Treatise on elephants
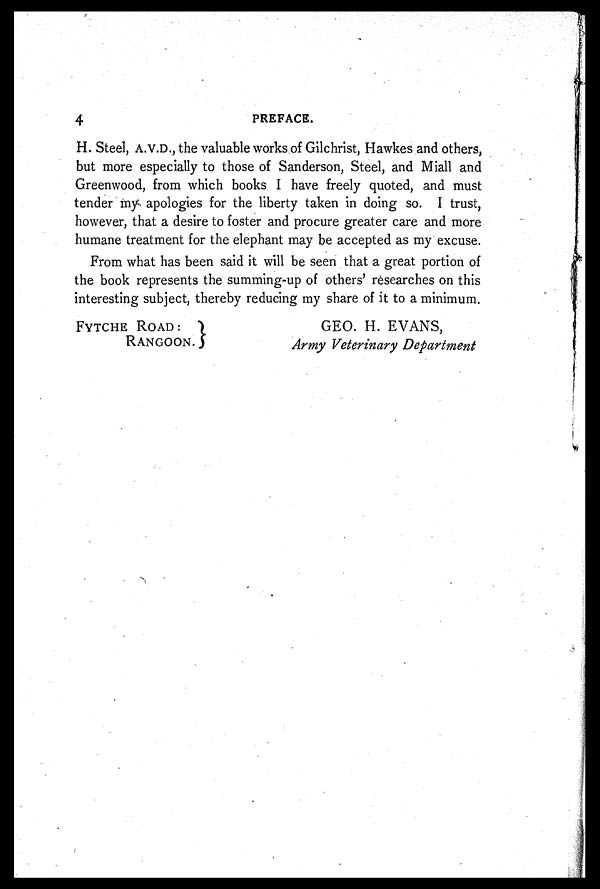
4
PREFACE.
H. Steel, A.V.D., the valuable works of Gilchrist, Hawkes and others,
but more especially to those of Sanderson, Steel, and Miall and
Greenwood, from which books I have freely quoted, and must
tender my apologies for the liberty taken in doing so. I trust,
however, that a desire to foster and procure greater care and more
humane treatment for the elephant may be accepted as my excuse.
From what has been said it will be seen that a great portion of
the book represents the summing-up of others' researches on this
interesting subject, thereby reducing my share of it to a minimum.
FYTCHE ROAD:
RANGOON.
GEO. H. EVANS,
Army Veterinary Department